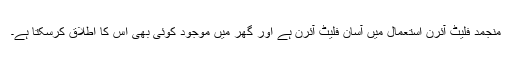
منجمد فلیٹ آئرن استعمال میں آسان فلیٹ آئرن ہے اور گھر میں موجود کوئی بھی اس کا اطلاق کرسکتا ہے۔